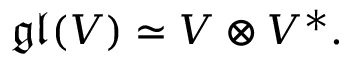
\mathfrak { g l } ( V ) \simeq V \otimes V ^ { * } .